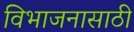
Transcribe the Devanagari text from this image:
विभाजनासाठी